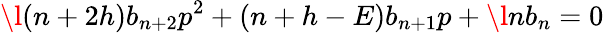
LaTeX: \l(n+2h)b_{n+2}p^{2}+(n+h-E)b_{n+1}p+\l nb_{n}=0